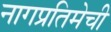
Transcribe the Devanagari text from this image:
नागप्रतिमेची